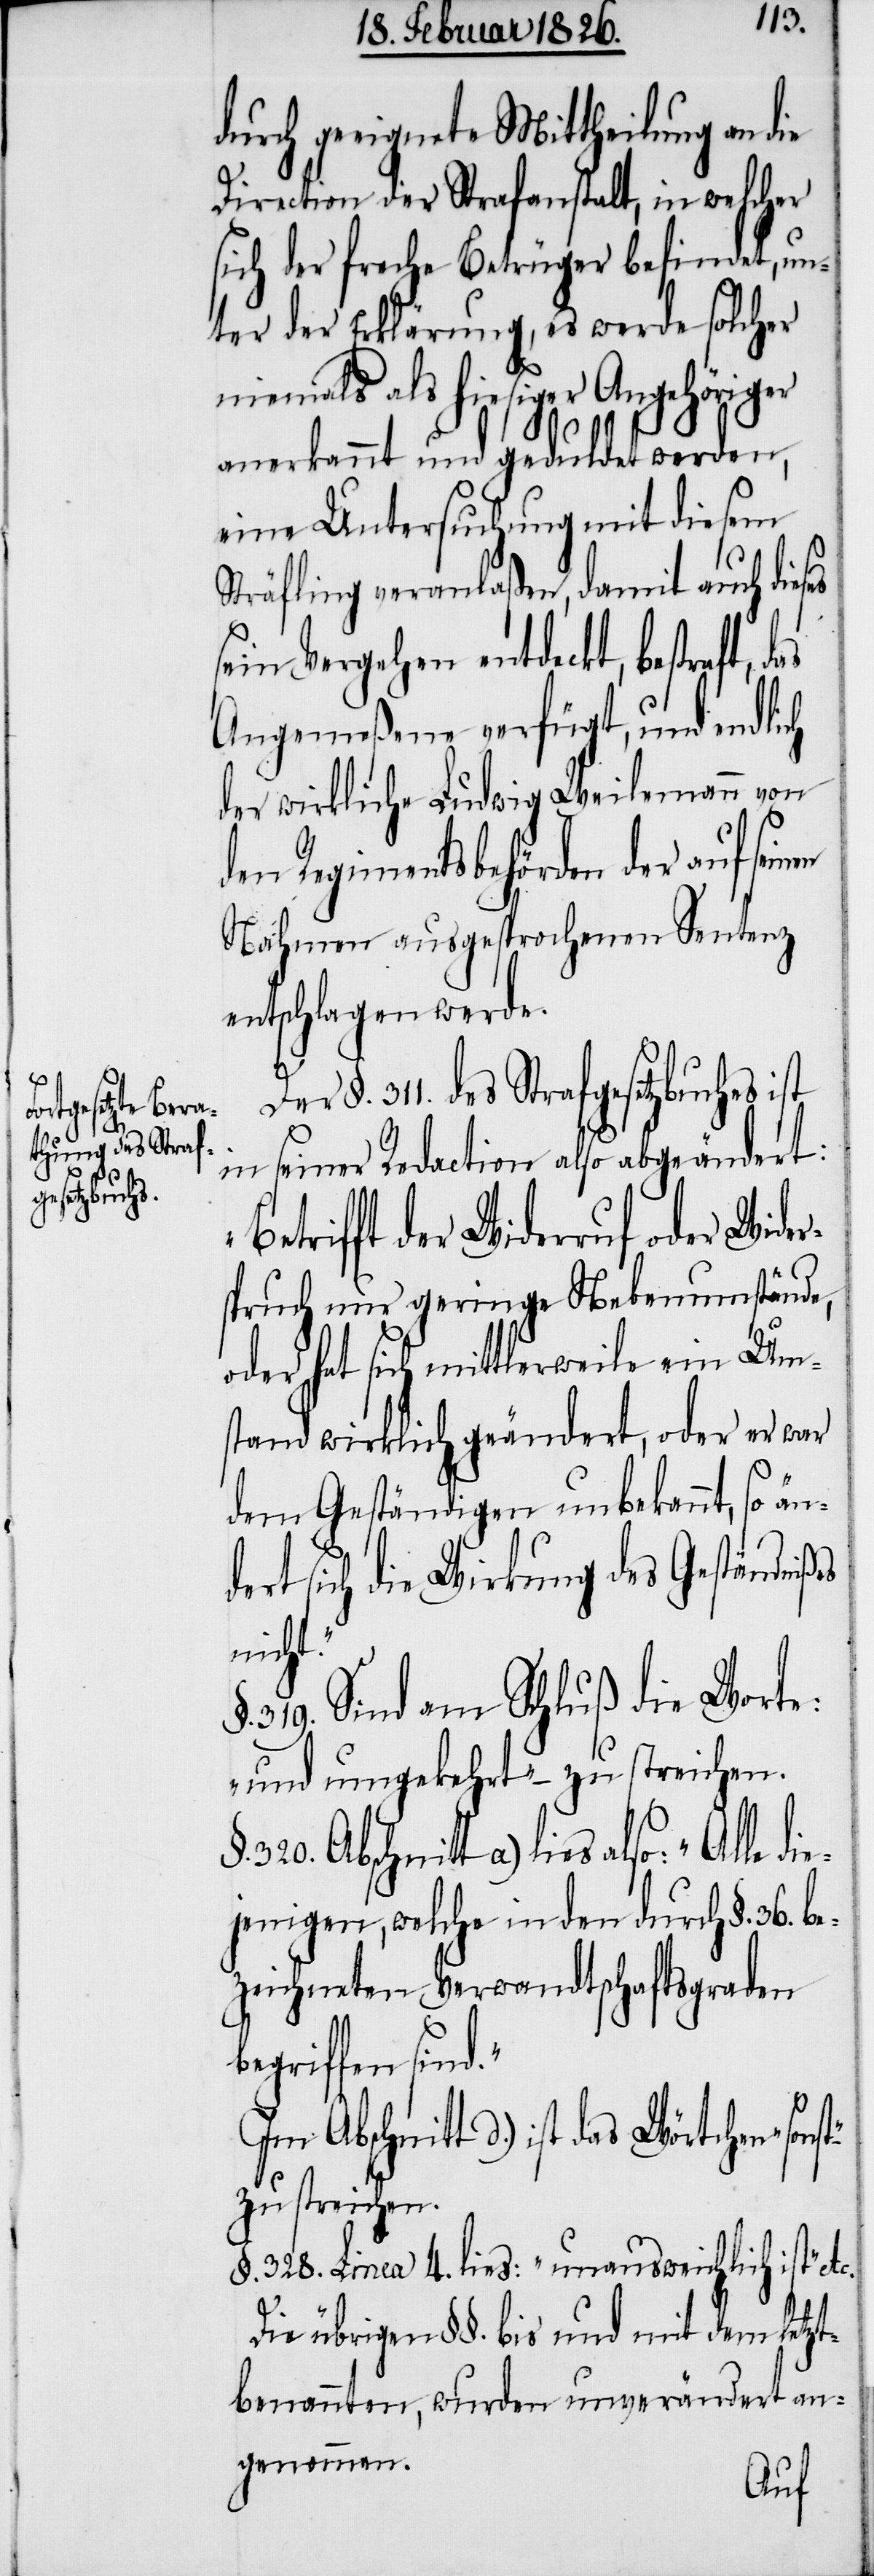
d.“

durch geeignete Mittheilung an die
Direction der Strafanstalt, in welcher
sich der freche Betrüger befindet, un¬
ter der Erklärung, es werde solcher
niemals als hiesiger Angehöriger
anerkannt und geduldet werden,
eine Untersuchung mit diesem
Sträfling veranlaßen, damit auch dieses
sein Vergehen entdeckt, bestraft,
Angemeßene verfügt, und endlich
der wirkliche Ludwig Weilemann von
den Regimentsbehörden der auf
Nahmen ausgesprochenen Sentenz
entschlagen werde.
§. 311 des Strafgesetzbuches ist
in seiner Redaction also abgeändert:
etrifft der Widerruf oder Wider¬
spruch nur geringe Nebenumstände,
oder hat sich mittlerweile ein Um¬
stand wirklich geändert, oder er war
dem Geständigen unbekannt, so än¬
ert sich die Wirkung des Geständniß¬
nicht.“
319. Sind am Schluß die Worte:
„und umgekehrt“ – zu streichen.
a) lies also: „Alle die¬
jenigen, welche in den durch §. 36. b¬
ezeichneten Verwandtschaftsgraden
begriffen sin¬
Im Abschnitt d.) ist das
zu streichen.
§. 328. Linea 4. lies: „unausweichlich ist“
Die übrigen §§. bis und mit dem letzt¬
benannten, wurden unverändert an¬
genommen.